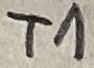
Text: T1